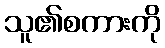
သူ၏စကားကို